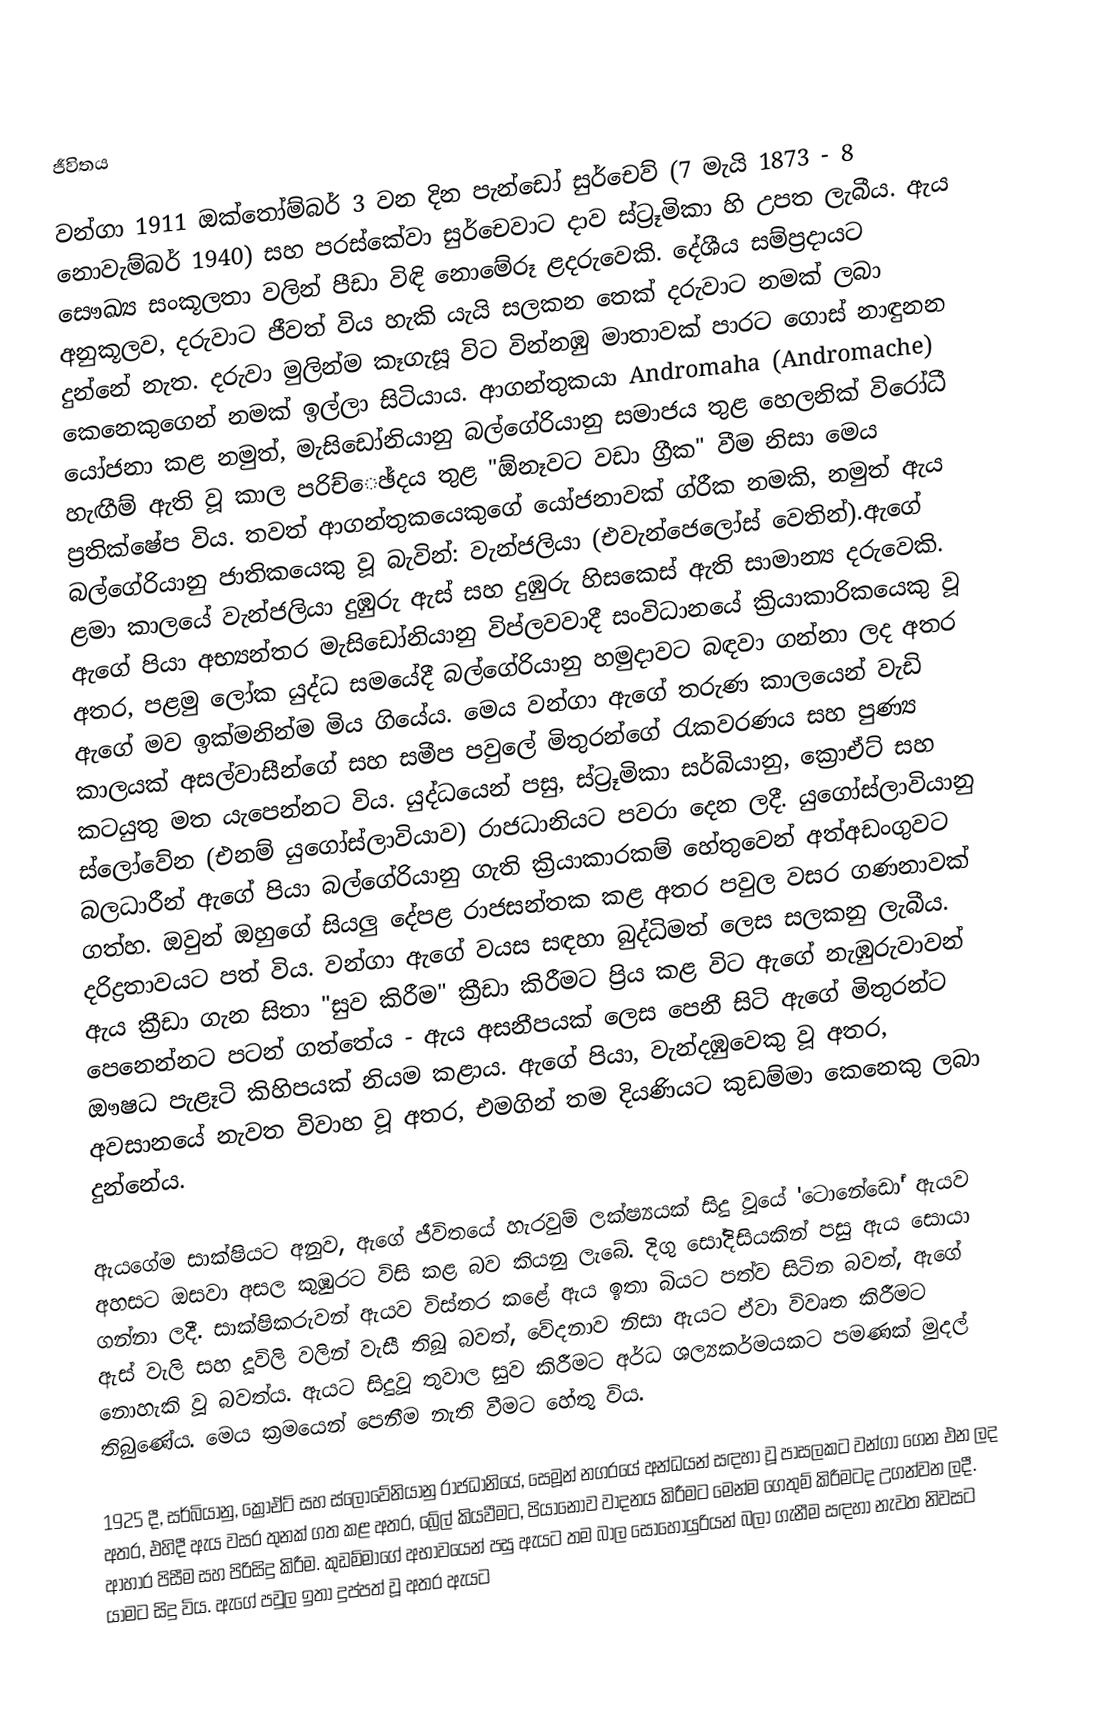

ජීවිතය

වන්ගා 1911 ඔක්තෝම්බර් 3 වන දින පැන්ඩෝ සුර්චෙව් (7 මැයි 1873 - 8 නොවැම්බර් 1940) සහ පරස්කේවා සුර්චෙවාට දාව ස්ට්‍රූමිකා හි උපත ලැබීය. ඇය සෞඛ්‍ය සංකූලතා වලින් පීඩා විඳි නොමේරූ ළදරුවෙකි. දේශීය සම්ප්‍රදායට අනුකූලව, දරුවාට ජීවත් විය හැකි යැයි සලකන තෙක් දරුවාට නමක් ලබා දුන්නේ නැත. දරුවා මුලින්ම කෑගැසූ විට වින්නඹු මාතාවක් පාරට ගොස් නාඳුනන කෙනෙකුගෙන් නමක් ඉල්ලා සිටියාය. ආගන්තුකයා Andromaha (Andromache) යෝජනා කළ නමුත්, මැසිඩෝනියානු බල්ගේරියානු සමාජය තුළ හෙලනික් විරෝධී හැඟීම් ඇති වූ කාල පරිච්ෙඡ්දය තුළ "ඕනෑවට වඩා ග්‍රීක" වීම නිසා මෙය ප්‍රතික්ෂේප විය. තවත් ආගන්තුකයෙකුගේ යෝජනාවක් ග්රීක නමකි, නමුත් ඇය බල්ගේරියානු ජාතිකයෙකු වූ බැවින්: වැන්ජලියා (එවැන්ජෙලෝස් වෙතින්).ඇගේ ළමා කාලයේ වැන්ජලියා දුඹුරු ඇස් සහ දුඹුරු හිසකෙස් ඇති සාමාන්‍ය දරුවෙකි. ඇගේ පියා අභ්‍යන්තර මැසිඩෝනියානු විප්ලවවාදී සංවිධානයේ ක්‍රියාකාරිකයෙකු වූ අතර, පළමු ලෝක යුද්ධ සමයේදී බල්ගේරියානු හමුදාවට බඳවා ගන්නා ලද අතර ඇගේ මව ඉක්මනින්ම මිය ගියේය. මෙය වන්ගා ඇගේ තරුණ කාලයෙන් වැඩි කාලයක් අසල්වාසීන්ගේ සහ සමීප පවුලේ මිතුරන්ගේ රැකවරණය සහ පුණ්‍ය කටයුතු මත යැපෙන්නට විය. යුද්ධයෙන් පසු, ස්ට්‍රූමිකා සර්බියානු, ක්‍රොඒට් සහ ස්ලෝවේන (එනම් යුගෝස්ලාවියාව) රාජධානියට පවරා දෙන ලදී. යුගෝස්ලාවියානු බලධාරීන් ඇගේ පියා බල්ගේරියානු ගැති ක්‍රියාකාරකම් හේතුවෙන් අත්අඩංගුවට ගත්හ. ඔවුන් ඔහුගේ සියලු දේපළ රාජසන්තක කළ අතර පවුල වසර ගණනාවක් දරිද්‍රතාවයට පත් විය. වන්ගා ඇගේ වයස සඳහා බුද්ධිමත් ලෙස සලකනු ලැබීය. ඇය ක්‍රීඩා ගැන සිතා "සුව කිරීම" ක්‍රීඩා කිරීමට ප්‍රිය කළ විට ඇගේ නැඹුරුවාවන් පෙනෙන්නට පටන් ගත්තේය - ඇය අසනීපයක් ලෙස පෙනී සිටි ඇගේ මිතුරන්ට ඖෂධ පැළෑටි කිහිපයක් නියම කළාය. ඇගේ පියා, වැන්දඹුවෙකු වූ අතර, අවසානයේ නැවත විවාහ වූ අතර, එමගින් තම දියණියට කුඩම්මා කෙනෙකු ලබා දුන්නේය.

ඇයගේම සාක්ෂියට අනුව, ඇගේ ජීවිතයේ හැරවුම් ලක්ෂ්‍යයක් සිදු වූයේ 'ටොනේඩෝ' ඇයව අහසට ඔසවා අසල කුඹුරට විසි කළ බව කියනු ලැබේ. දිගු සෝදිසියකින් පසු ඇය සොයා ගන්නා ලදී. සාක්ෂිකරුවන් ඇයව විස්තර කළේ ඇය ඉතා බියට පත්ව සිටින බවත්, ඇගේ ඇස් වැලි සහ දූවිලි වලින් වැසී තිබූ බවත්, වේදනාව නිසා ඇයට ඒවා විවෘත කිරීමට නොහැකි වූ බවත්ය. ඇයට සිදුවූ තුවාල සුව කිරීමට අර්ධ ශල්‍යකර්මයකට පමණක් මුදල් තිබුණේය. මෙය ක්‍රමයෙන් පෙනීම නැති වීමට හේතු විය.

1925 දී, සර්බියානු, ක්‍රොඒට් සහ ස්ලෝවේනියානු රාජධානියේ, සෙමූන් නගරයේ අන්ධයන් සඳහා වූ පාසලකට වන්ගා ගෙන එන ලද අතර, එහිදී ඇය වසර තුනක් ගත කළ අතර, බ්‍රේල් කියවීමට, පියානෝව වාදනය කිරීමට මෙන්ම ගෙතුම් කිරීමටද උගන්වන ලදී. ආහාර පිසීම සහ පිරිසිදු කිරීම. කුඩම්මාගේ අභාවයෙන් පසු ඇයට තම බාල සොහොයුරියන් බලා ගැනීම සඳහා නැවත නිවසට යාමට සිදු විය. ඇගේ පවුල ඉතා දුප්පත් වූ අතර ඇයට